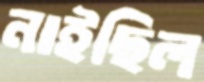
নাইছিল